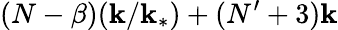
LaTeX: (N-\beta)(\mathbf{k}/\mathbf{k}_{*})+(N^{\prime}+3)\mathbf{k}